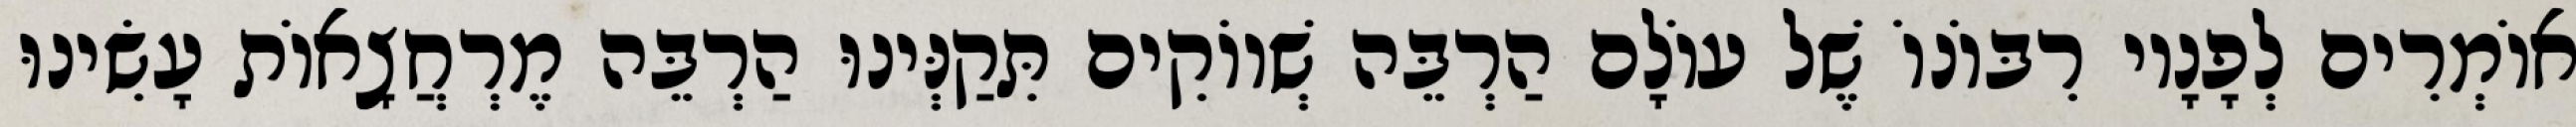
אוֹמְרִים לְפָנָיו רִבּוֹנוֹ שֶׁל עוֹלָם הַרְבֵּה שְׁווֹקִים תִּקַנְּינוּ הַרְבֵּה מֶרְחֲצָאוֹת עָשִׂינוּ